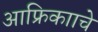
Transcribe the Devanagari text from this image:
आफ्रिकााचे